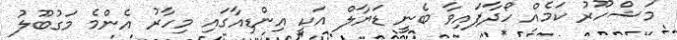
މަޝްހޫރު ކަމެއް ހޯދާފައިވާ ބެނީ ޑަޔާލް އަކީ އިންޑިއާގައި މިހާރު އެންމެ މަގުބޫލު